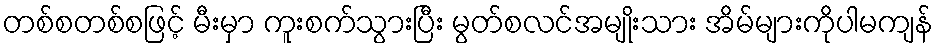
တစ်စတစ်စဖြင့် မီးမှာ ကူးစက်သွားပြီး မွတ်စလင်အမျိုးသား အိမ်များကိုပါမကျန်